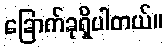
ခြောက်ခုရှိပါတယ်။